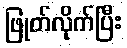
ဖြုတ်လိုက်ပြီး